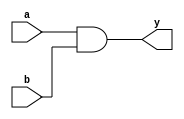
module continuous_assign(
    input wire a,
    input wire b,
    output wire y
);

assign y = a & b;

endmodule